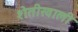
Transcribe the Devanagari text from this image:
शेतीखाली